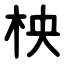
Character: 柍